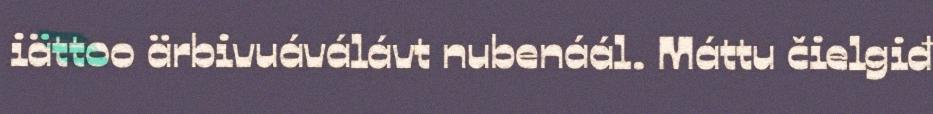
iättoo ärbivuáválávt nubenáál. Máttu čielgiđ